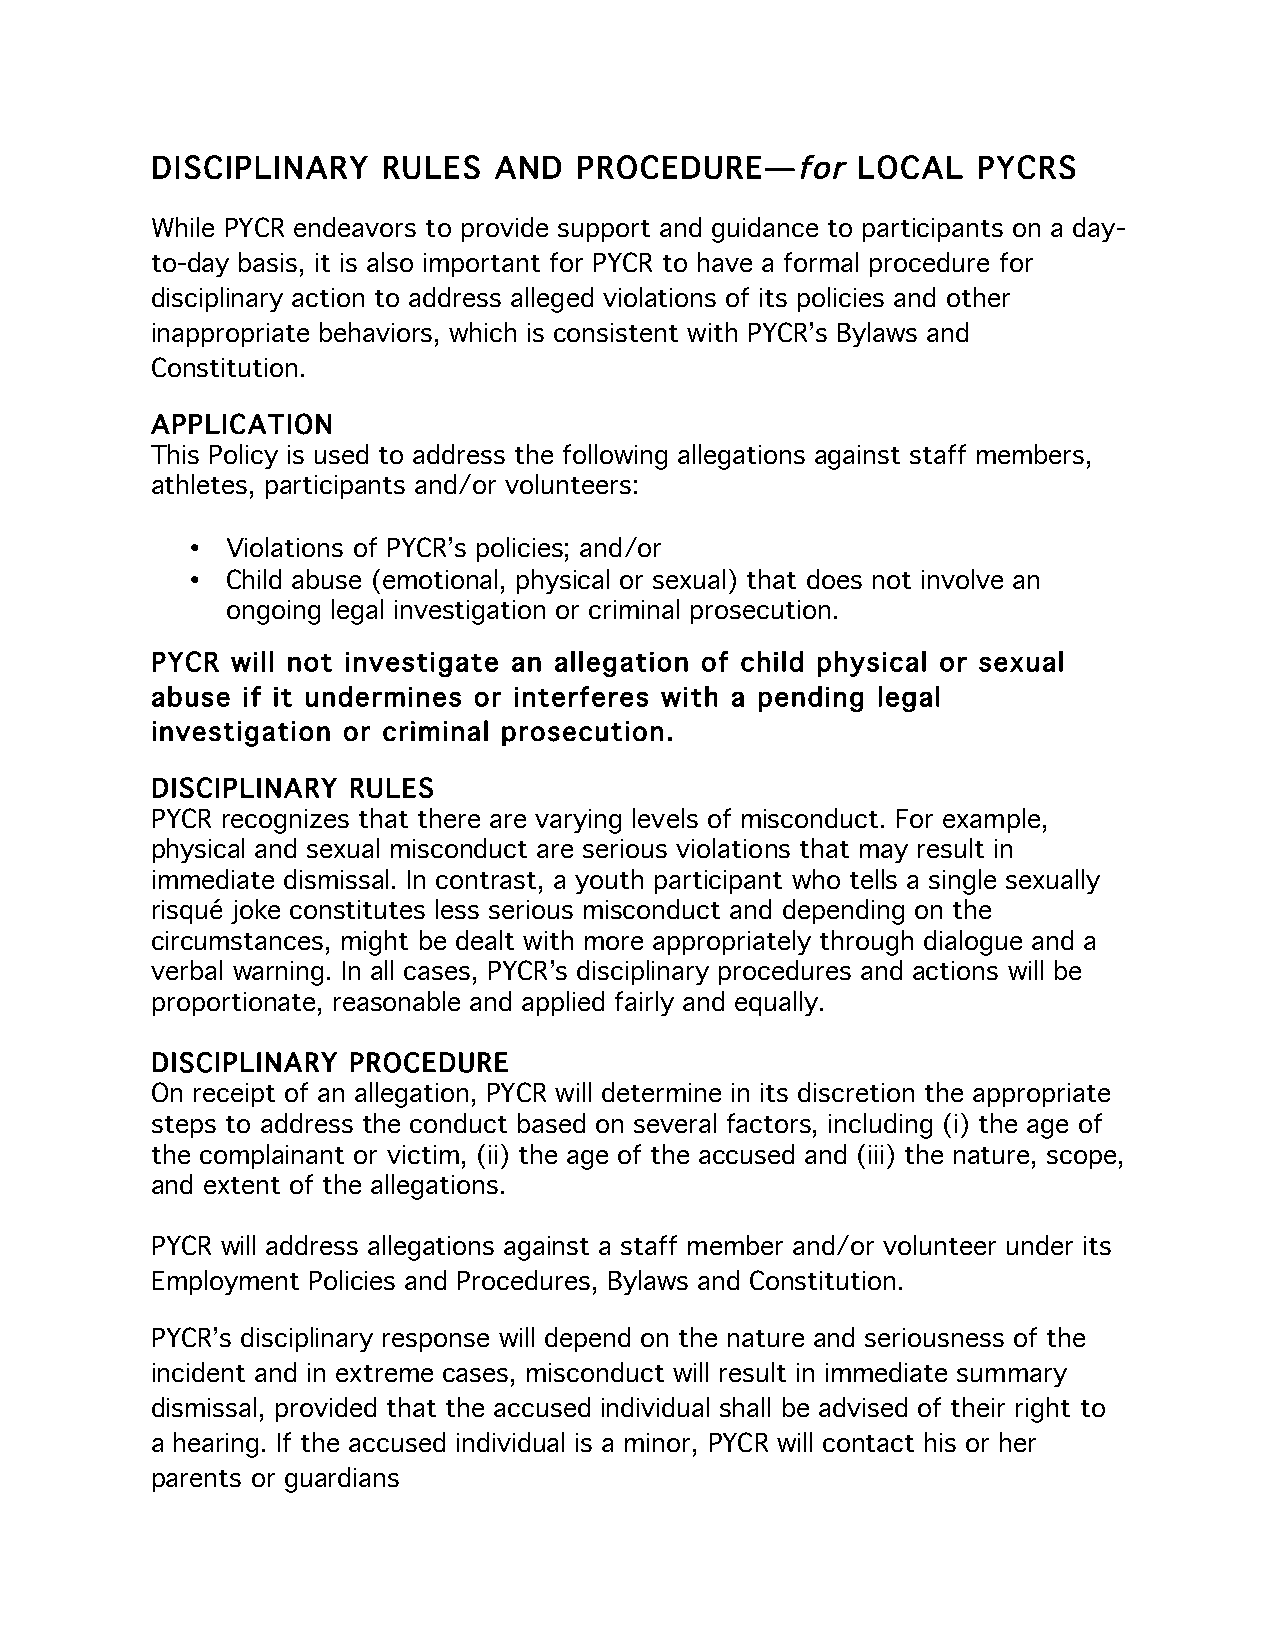
DISCIPLINARY   RULES   AND  PROCEDURE—for      LOCAL   PYCRS
 While PYCR endeavors to provide support and guidance to participants on a day-
 to-day basis, it is also important for PYCR to have a formal procedure for
 disciplinary action to address alleged violations of its policies and other
 inappropriate behaviors, which is consistent with PYCR’s Bylaws and
 Constitution.
 APPLICATION
 This Policy is used to address the following allegations against staff members,
 athletes, participants and/or volunteers:
 •  Violations of PYCR’s policies; and/or
 •  Child abuse (emotional, physical or sexual) that does not involve an
 ongoing legal investigation or criminal prosecution.
 PYCR will not investigate an allegation of child physical or sexual
 abuse if it undermines or interferes with a pending legal
 investigation or criminal prosecution.
 DISCIPLINARY RULES
 PYCR recognizes that there are varying levels of misconduct. For example,
 physical and sexual misconduct are serious violations that may result in
 immediate dismissal. In contrast, a youth participant who tells a single sexually
 risqué joke constitutes less serious misconduct and depending on the
 circumstances, might be dealt with more appropriately through dialogue and a
 verbal warning. In all cases, PYCR’s disciplinary procedures and actions will be
 proportionate, reasonable and applied fairly and equally.
 DISCIPLINARY PROCEDURE
 On receipt of an allegation, PYCR will determine in its discretion the appropriate
 steps to address the conduct based on several factors, including (i) the age of
 the complainant or victim, (ii) the age of the accused and (iii) the nature, scope,
 and extent of the allegations.
 PYCR will address allegations against a staff member and/or volunteer under its
 Employment Policies and Procedures, Bylaws and Constitution.
 PYCR’s disciplinary response will depend on the nature and seriousness of the
 incident and in extreme cases, misconduct will result in immediate summary
 dismissal, provided that the accused individual shall be advised of their right to
 a hearing. If the accused individual is a minor, PYCR will contact his or her
 parents or guardians